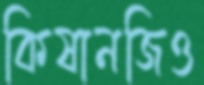
কিষানজিও